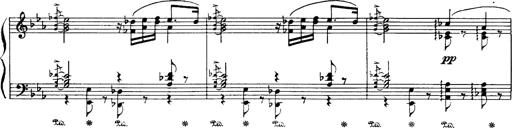
Title: Danza sacra e duetto finale dâ€™Aida
Composer: Franz Liszt